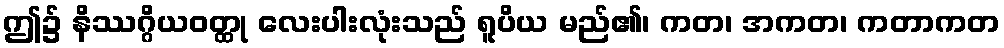
ဤ၌ နိဿဂ္ဂိယဝတ္ထု လေးပါးလုံးသည် ရူပိယ မည်၏၊ ကတ၊ အကတ၊ ကတာကတ